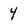
Character: 4